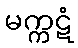
မက္ကဋံ